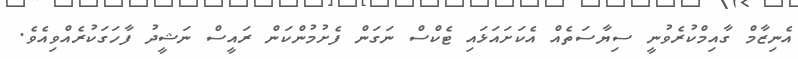
އެނިޒާމް ގާއިމްކުރެވުނީ ސިޔާސަތެއް އެކަށައަޅައި ޓެކްސް ނަގަން ފެށުމުންކަން ރައީސް ނަޝީދު ފާހަގަކުރެއްވިއެވެ.